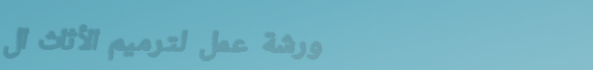
ورشة عمل لترميم الأثاث ال